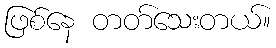
ဖြစ်နေ တတ်သေးတယ်။